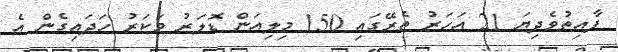
ފާއިތުވެދިޔަ 21 އަހަރު ތެރޭގައި 150 މިލިއަން ޑޮލަރު މަކަރު ހަދައިގެން އެ